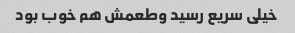
خیلی سریع رسید وطعمش هم خوب بود